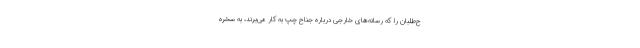
ح‌طلبان را كه رسانه‌های خارجى درباره جناح چپ به كار مى‌برند، به سُخره